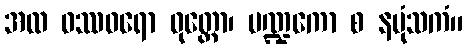
အထ ဝဿဝရော ဝုတ္တော၊ ပဏ္ဍကော စ နပုံသကံ။